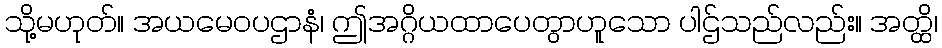
သို့မဟုတ်။ အယမေဝပဌာနံ၊ ဤအဂ္ဂိယထာပေတွာဟူသော ပါဌ်သည်လည်း။ အတ္ထိ၊